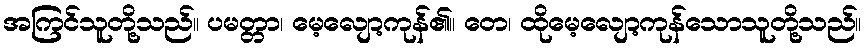
အကြင်သူတို့သည်။ ပမတ္တာ၊ မေ့လျော့ကုန်၏။ တေ၊ ထိုမေ့လျော့ကုန်သောသူတို့သည်။